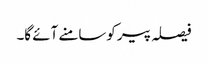
فیصلہ پیر کوسامنے آئے گا۔